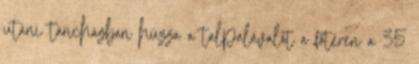
utáni táncházban húzza a talpalávalót a főtéren a 35